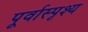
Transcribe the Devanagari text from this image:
पूर्वास्पृश्य